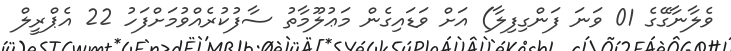
ވެލާނާގޭގެ 01 ވަނަ ފަންގިފިލާ) އަށް ވަޑައިގެން މަޢުލޫމާތު ސާފުކުރެއްވުމަށްފަހު 22 އެޕްރީލް